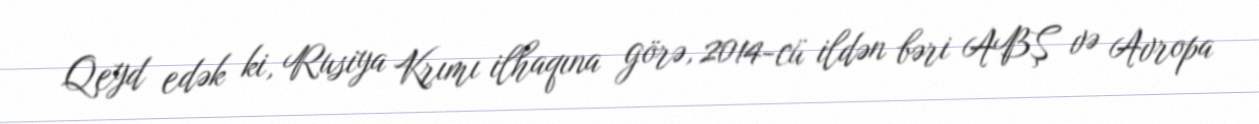
Qeyd edək ki, Rusiya Krımı ilhaqına görə, 2014-cü ildən bəri ABŞ və Avropa